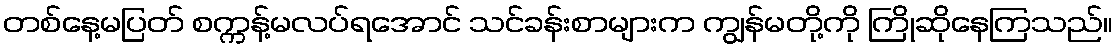
တစ်နေ့မပြတ် စက္ကန့်မလပ်ရအောင် သင်ခန်းစာများက ကျွန်မတို့ကို ကြိုဆိုနေကြသည်။